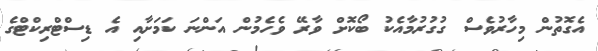
އެގޮތުން މިހާރުވެސް ގުގުރުމާއެކު ބޯކޮށް ވާރޭ ވެހެމުން އަންނަ ކަމަށާއި އެ ޑިސްޓްރިކްޓްގެ